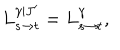
LaTeX: L _ { s \to t } ^ { \gamma | J ^ { \prime } } = L _ { s \to t } ^ { \gamma } ,